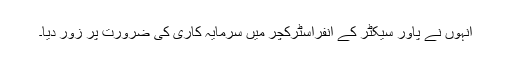
انہوں نے پاور سیکٹر کے انفراسٹرکچر میں سرمایہ کاری کی ضرورت پر زور دیا۔